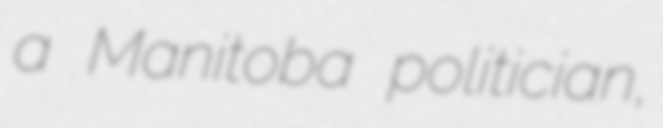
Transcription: a Manitoba politician,